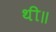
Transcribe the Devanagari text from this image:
थी॥